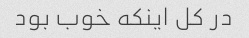
در کل اینکه خوب بود